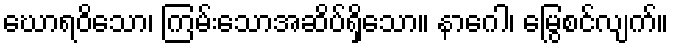
ဃောရဝိသော၊ ကြမ်းသောအဆိပ်ရှိသော။ နာဂေါ၊ မြွေစင်လျက်။